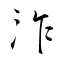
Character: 泎